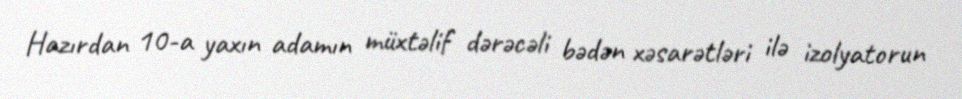
Hazırdan 10-a yaxın adamın müxtəlif dərəcəli bədən xəsarətləri ilə izolyatorun